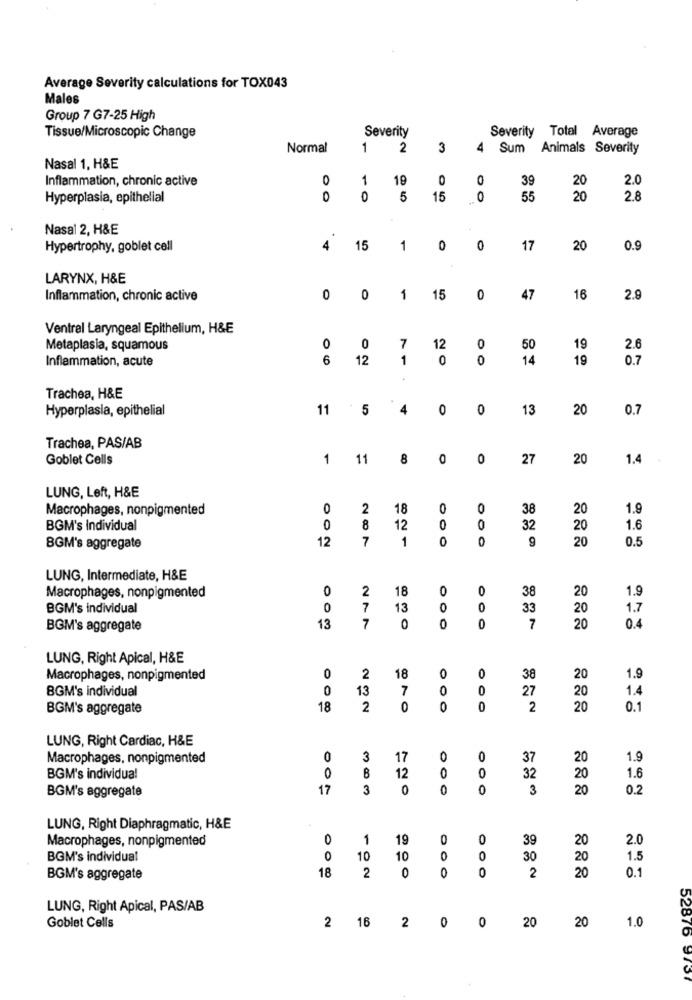
Average Severity calculations for TOX043
Males
Group 7 G7-25 High
Severity
Severity Total Average
Tissue/Microscopic Change
Normal
1
2
3
4
Sum
Animals Severity
Nasal 1, H&E
Inflammation, chronic active
0
1
19
0
0
39
20
2.0
Hyperplasia, epithelial
0
0
5
15
55
20
2.8
Nasal 2, H&E
Hypertrophy, goblet cell
4
15
1
0
0
17
20
0.9
LARYNX, H&E
Inflammation, chronic active
0
0
1
15
0
47
16
2.9
Ventral Laryngeal Epithelium, H&E
Metaplasia, squamous
0
0
7
12
0
50
19
2.6
Inflammation, acute
6
12
1
0
0
14
19
0.7
Trachea, H&E
Hyperplasia, epithelial
11
5
4
0
0
13
20
0.7
Trachea, PAS/AB
Goblet Cells
1
11
8
0
0
27
20
1.4
LUNG, Left, H&E
Macrophages, nonpigmented
0
2
18
0
0
38
20
1.9
BGM's Individual
0
8
12
0
0
32
20
1.6
12
7
1
0
0
9
20
BGM's aggregate
0.5
LUNG, Intermediate, H&E
0
2
18
0
38
20
1.9
Macrophages, nonpigmented
O
BGM's individual
0
7
13
O
0
33
20
1.7
BGM's aggregate
13
7
0
0
0
7
20
0.4
LUNG, Right Apical, H&E
0
2
Macrophages, nonpigmented
18
0
0
38
20
1.9
BGM's individual
0
13
7
0
27
20
1.4
BGM's aggregate
18
2
0
0
0
2
20
0.1
LUNG, Right Cardiac, H&E
Macrophages, nonpigmented
0
3
17
0
0
37
20
1.9
0
BGM's individual
12
O
32
20
1.6
17
3
0
0
0
3
20
0.2
BGM's aggregate
LUNG, Right Diaphragmatic, H&E
Macrophages, nonpigmented
0
1
19
0
39
20
2.0
BOM's individual
0
10
10
0
30
20
1.5
18
2
0
0
0
20
0.1
BGM's aggregate
2
LUNG, Right Apical, PAS/AB
2
16
2
0
0
20
20
1.0
Goblet Cells
52876 9737